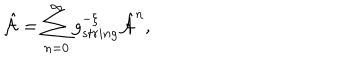
LaTeX: { \hat { \cal A } } = \sum _ { n = 0 } ^ { \infty } g _ { s t r i n g } ^ { - { \cal \xi } } { \hat { \cal A } } ^ { n } ,